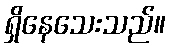
ရှိနေသေးသည်။